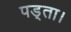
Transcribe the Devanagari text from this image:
पड़्ता।